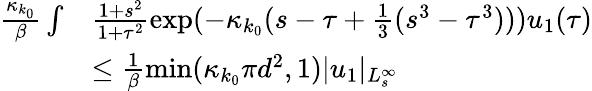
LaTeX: \begin{array}{rl}{\frac{\kappa_{k_{0}}}\beta\int}&{\frac{1+s^{2}}{1+\tau^{2}}\exp(-\kappa_{k_{0}}(s-\tau+\frac 13(s^{3}-\tau^{3})))u_{1}(\tau)}\\ &{\le\frac{1}\beta\operatorname*{min}(\kappa_{k_{0}}\pi d^{2},1)\vert u_{1}\vert_{L_{s}^{\infty}}}\end{array}